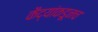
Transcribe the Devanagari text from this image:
कैद्यांकडूनच